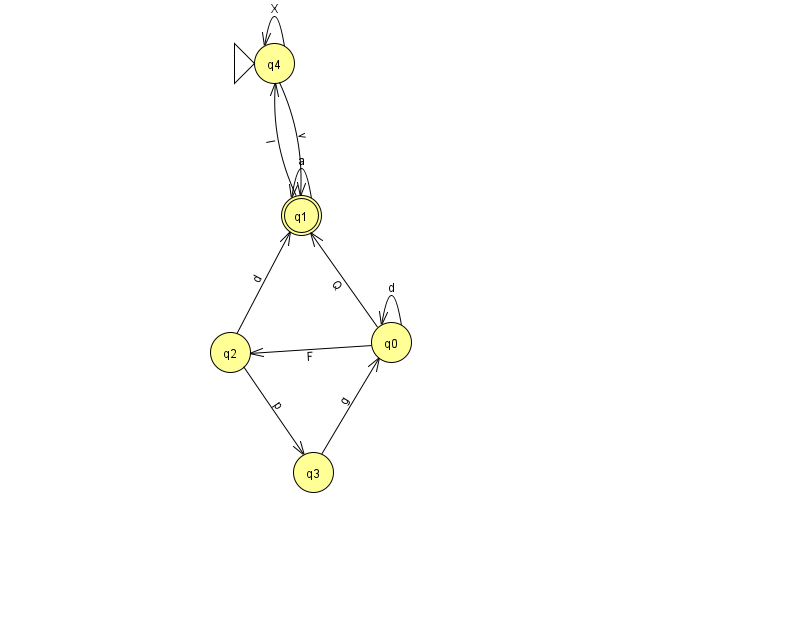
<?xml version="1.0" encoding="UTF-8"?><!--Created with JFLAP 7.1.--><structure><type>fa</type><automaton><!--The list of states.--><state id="0" name="q0"><x>391.0</x><y>329.0</y></state><state id="1" name="q1"><x>301.0</x><y>202.0</y><final/></state><state id="2" name="q2"><x>230.0</x><y>339.0</y></state><state id="3" name="q3"><x>313.0</x><y>459.0</y></state><state id="4" name="q4"><x>274.0</x><y>50.0</y><initial/></state><!--The list of transitions.--><transition><from>1</from><to>1</to><read>a</read></transition><transition><from>1</from><to>4</to><read>l</read></transition><transition><from>0</from><to>0</to><read>d</read></transition><transition><from>2</from><to>3</to><read>p</read></transition><transition><from>0</from><to>1</to><read>Q</read></transition><transition><from>4</from><to>1</to><read>v</read></transition><transition><from>4</from><to>4</to><read>X</read></transition><transition><from>0</from><to>2</to><read>F</read></transition><transition><from>2</from><to>1</to><read>d</read></transition><transition><from>3</from><to>0</to><read>g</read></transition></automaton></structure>